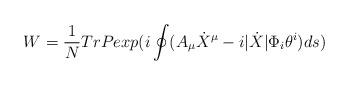
LaTeX: \begin{align*}W=\frac{1}{N}TrPexp(i\oint (A_{\mu }\dot{X}^{\mu }-i|\dot{X}|\Phi _{i}\theta ^{i})ds)\end{align*}